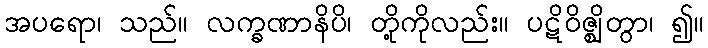
အပရော၊ သည်။ လက္ခဏာနိပိ၊ တို့ကိုလည်း။ ပဋိဝိဇ္ဈိတွာ၊ ၍။